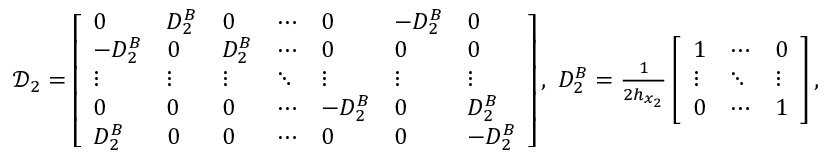
\begin{array} { r } { \mathcal { D } _ { 2 } = \left[ \begin{array} { l l l l l l l } { 0 } & { D _ { 2 } ^ { B } } & { 0 } & { \cdots } & { 0 } & { - D _ { 2 } ^ { B } } & { 0 } \\ { - D _ { 2 } ^ { B } } & { 0 } & { D _ { 2 } ^ { B } } & { \cdots } & { 0 } & { 0 } & { 0 } \\ { \vdots } & { \vdots } & { \vdots } & { \ddots } & { \vdots } & { \vdots } & { \vdots } \\ { 0 } & { 0 } & { 0 } & { \cdots } & { - D _ { 2 } ^ { B } } & { 0 } & { D _ { 2 } ^ { B } } \\ { D _ { 2 } ^ { B } } & { 0 } & { 0 } & { \cdots } & { 0 } & { 0 } & { - D _ { 2 } ^ { B } } \end{array} \right] , \ D _ { 2 } ^ { B } = \frac { 1 } { 2 h _ { x _ { 2 } } } \left[ \begin{array} { l l l } { 1 } & { \cdots } & { 0 } \\ { \vdots } & { \ddots } & { \vdots } \\ { 0 } & { \cdots } & { 1 } \end{array} \right] , } \end{array}